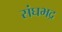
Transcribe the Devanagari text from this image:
संघभद्र